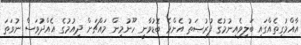
އާއްމުގިތެއްގައި ބަލިވެއިނުމުގެ ފުރުޞަތު އެންމެ ބޮޑުވާނީ ހޫނުމިން މައްޗަށް ދިއުމުގެ އެއްދުވަސް ނުވަތަ